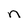
Character: n